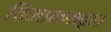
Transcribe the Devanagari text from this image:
विमानसदृश